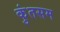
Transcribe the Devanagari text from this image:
कुंतसम